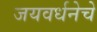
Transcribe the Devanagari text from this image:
जयवर्धनेचे